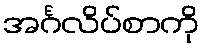
အင်္ဂလိပ်စာကို